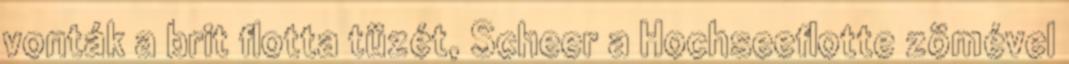
vonták a brit flotta tüzét, Scheer a Hochseeflotte zömével